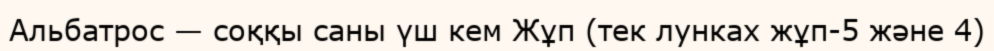
Альбатрос — соққы саны үш кем Жұп (тек лунках жұп-5 және 4)